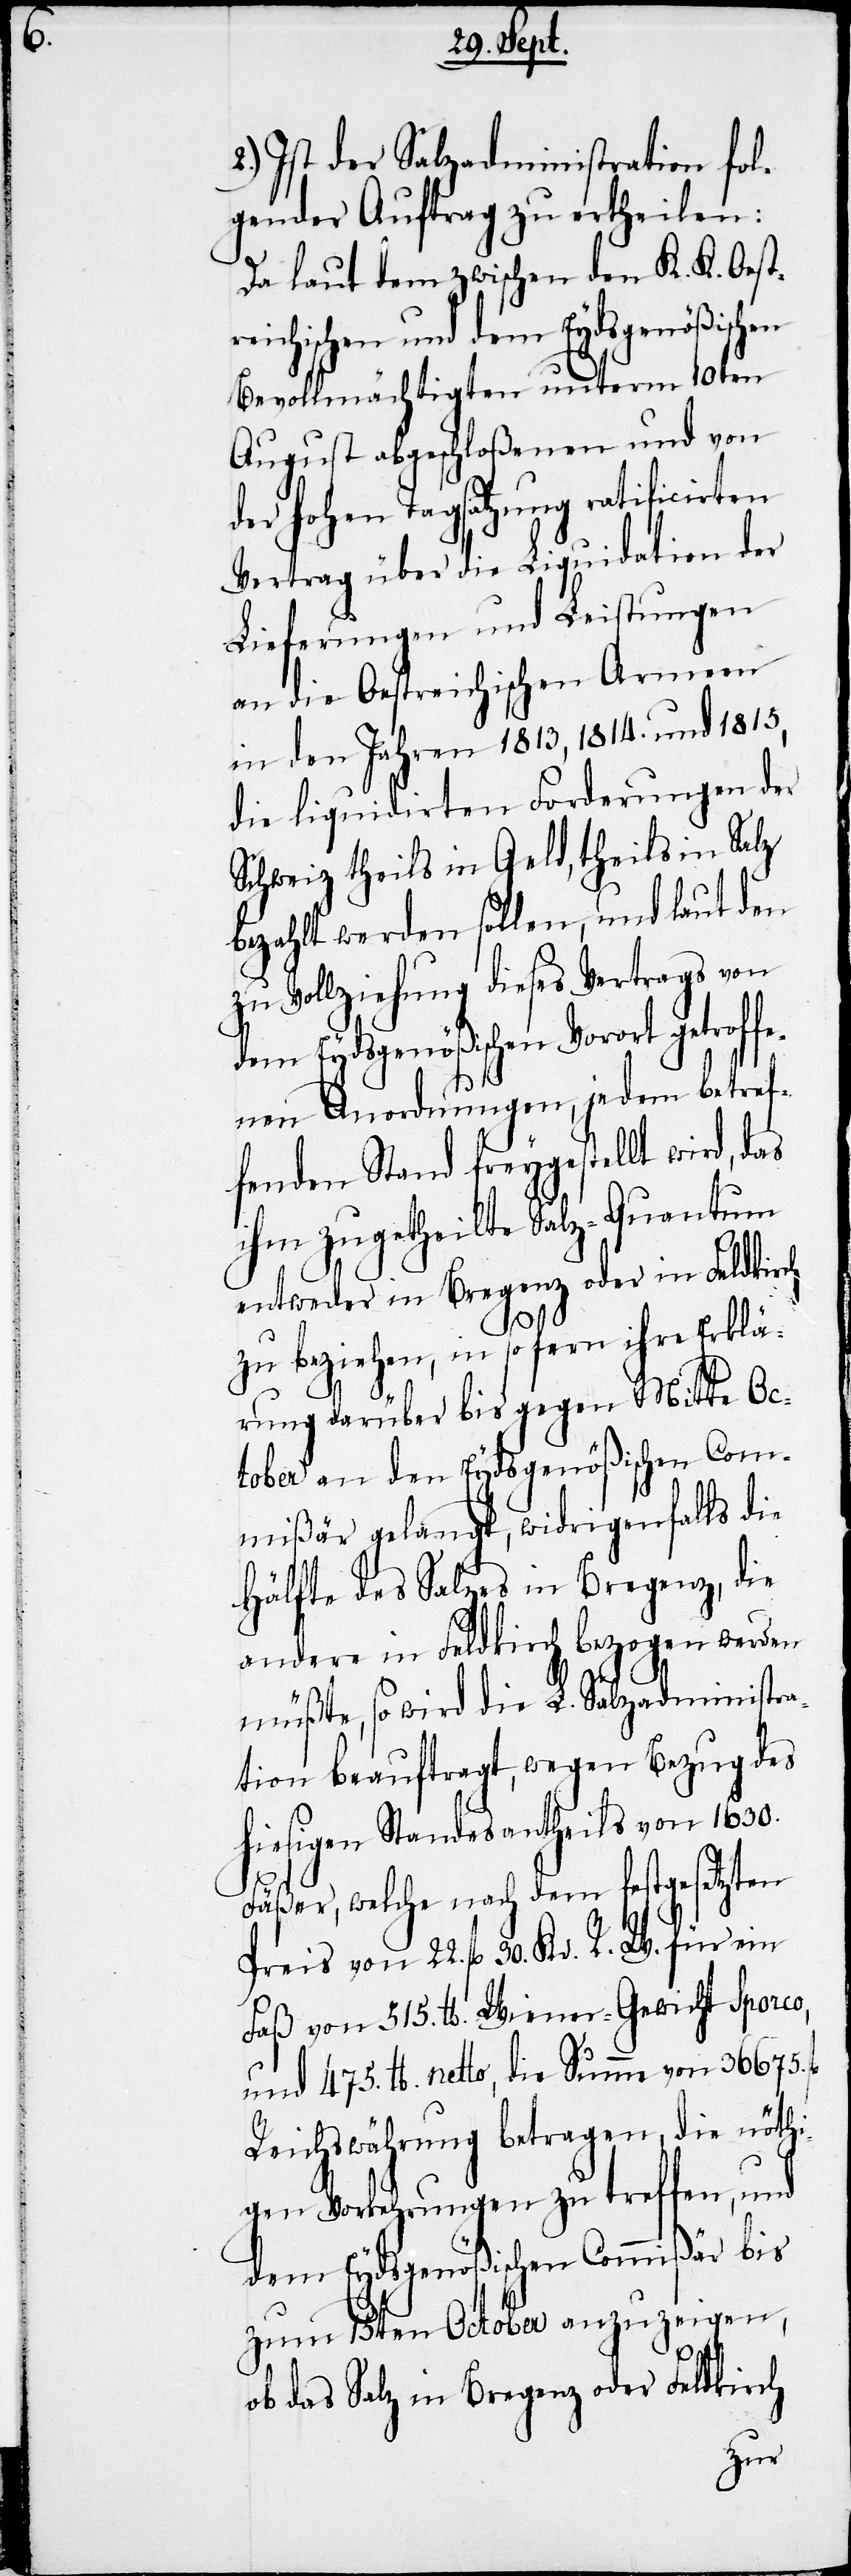
2.) Ist der Salzadministration fol¬
gender Auftrag zu ertheilen:
Da laut dem zwischen den K. K. Oestr¬
eichischen und dem Eydsgenößischen
Bevollmächtigten unterm 10ten
August abgeschloßenen und von
der hohen Tagsatzung ratificirten
Vertrag über die Liquidation der
Lieferungen und Leistungen
an die Oestreichischen Armeen
in den Jahren 1813, 1814. und 1815,
die liquidirten Forderungen der
Schweiz theils in Geld, theils in Salz
bezahlt werden sollen, und laut den
zu Vollziehung dieses Vertrags von
dem Eydsgenößischen Vorort getroffe¬
nen Anordnungen, jedem betref¬
fenden Stand freygestellt wird, das
ihm zugetheilte Salz-Quantum
entweder in Bregenz oder in Feldkirch
zu beziehen, in sofern ihre Erklä¬
rung darüber bis gegen Mitte Oc¬
tober an den Eydsgenößischen Com¬
mißär gelangt, widrigenfalls die
Hälfte des Salzes in Bregenz, die
andere in Feldkirch bezogen werden
müßte, so wird die L. Salzadministra¬
tion beauftragt, wegen Bezug des
hiesigen Standesantheils von 1630.
Fäßer, welche nach dem festgesetzten
Preis von 22. fl 30. Kr. R. W. für ein
Faß von 515. lb. Wiener-Gewicht sporco,
und 475. lb. netto, die Summe von 36675. fl
Reichswährung betragen, die nöthi¬
gen Vorkehrungen zu treffen, und
dem Eydsgenößischen Commißär bis
zum 15ten October anzuzeigen,
ob das Salz in Bregenz oder Feldkirch